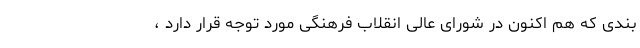
بندی که هم اکنون در شورای عالی انقلاب فرهنگی مورد توجه قرار دارد ،